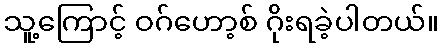
သူ့ကြောင့် ဝဂ်ဟော့စ် ဂိုးရခဲ့ပါတယ်။